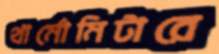
থার্মোমিটারে